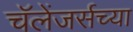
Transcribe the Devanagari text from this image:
चॅलेंजर्सच्या